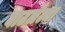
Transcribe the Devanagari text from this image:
बाटलेल्या